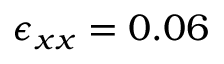
\epsilon _ { x x } = 0 . 0 6 \